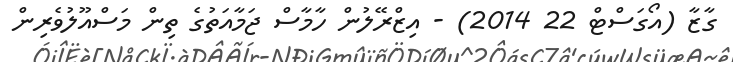
ގާޒާ (އޯގަސްޓް 22 2014) - އިޒްރޭލުން ހާމާސް ޖަމާއަތުގެ ތިން މަސްއޫލުވެރިން